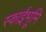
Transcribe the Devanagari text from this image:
स्काईभूमि